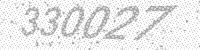
Solution: 330027